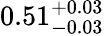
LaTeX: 0.51_{-0.03}^{+0.03}